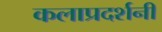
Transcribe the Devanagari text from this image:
कलाप्रदर्शनी